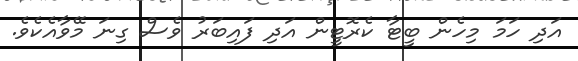
އަދި ހަމަ މިހެން ބީޓާ ކެރޮޓީން އަދި ފައިބަރު ވެސް ގިނަ މޭވާއެކެވެ.